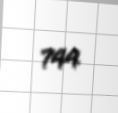
744